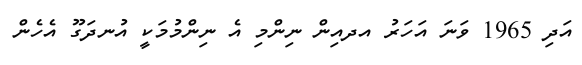
އަދި 1965 ވަނަ އަހަރު އދއިން ނިންމި އެ ނިންމުމަކީ އުނދަގޫ އެހެން